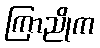
ကြာညိုက